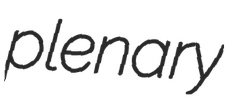
plenary